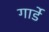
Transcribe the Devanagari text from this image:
गार्डे